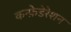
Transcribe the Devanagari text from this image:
कन्फ़ेडेरेशन